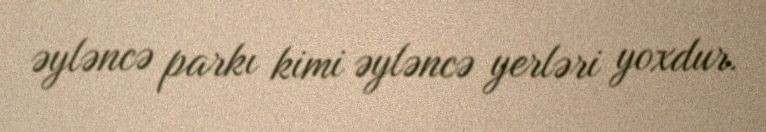
əyləncə parkı kimi əyləncə yerləri yoxdur.